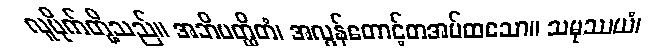
လူမိုက်တို့သည်။ အဘိပတ္ထိတံ၊ အလွန်တောင့်တအပ်ထသော။ သမုဿယံ၊